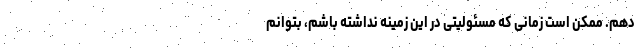
دهم. ممکن است زمانی که مسئولیتی در این زمینه نداشته باشم،‌ بتوانم